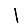
Digit: 1